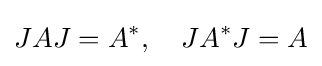
JAJ=A^{*},\quad JA^{*}J=A